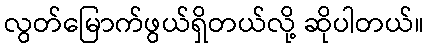
လွတ်မြောက်ဖွယ်ရှိတယ်လို့ ဆိုပါတယ်။